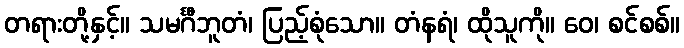
တရားတို့နှင့်။ သမင်္ဂီဘူတံ၊ ပြည့်စုံသော။ တံနရံ၊ ထိုသူကို။ ဝေ၊ စင်စစ်။